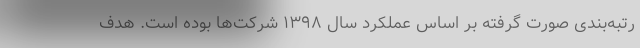
رتبه‌بندی صورت گرفته بر اساس عملکرد سال ۱۳۹۸ شرکت‌ها بوده است. هدف